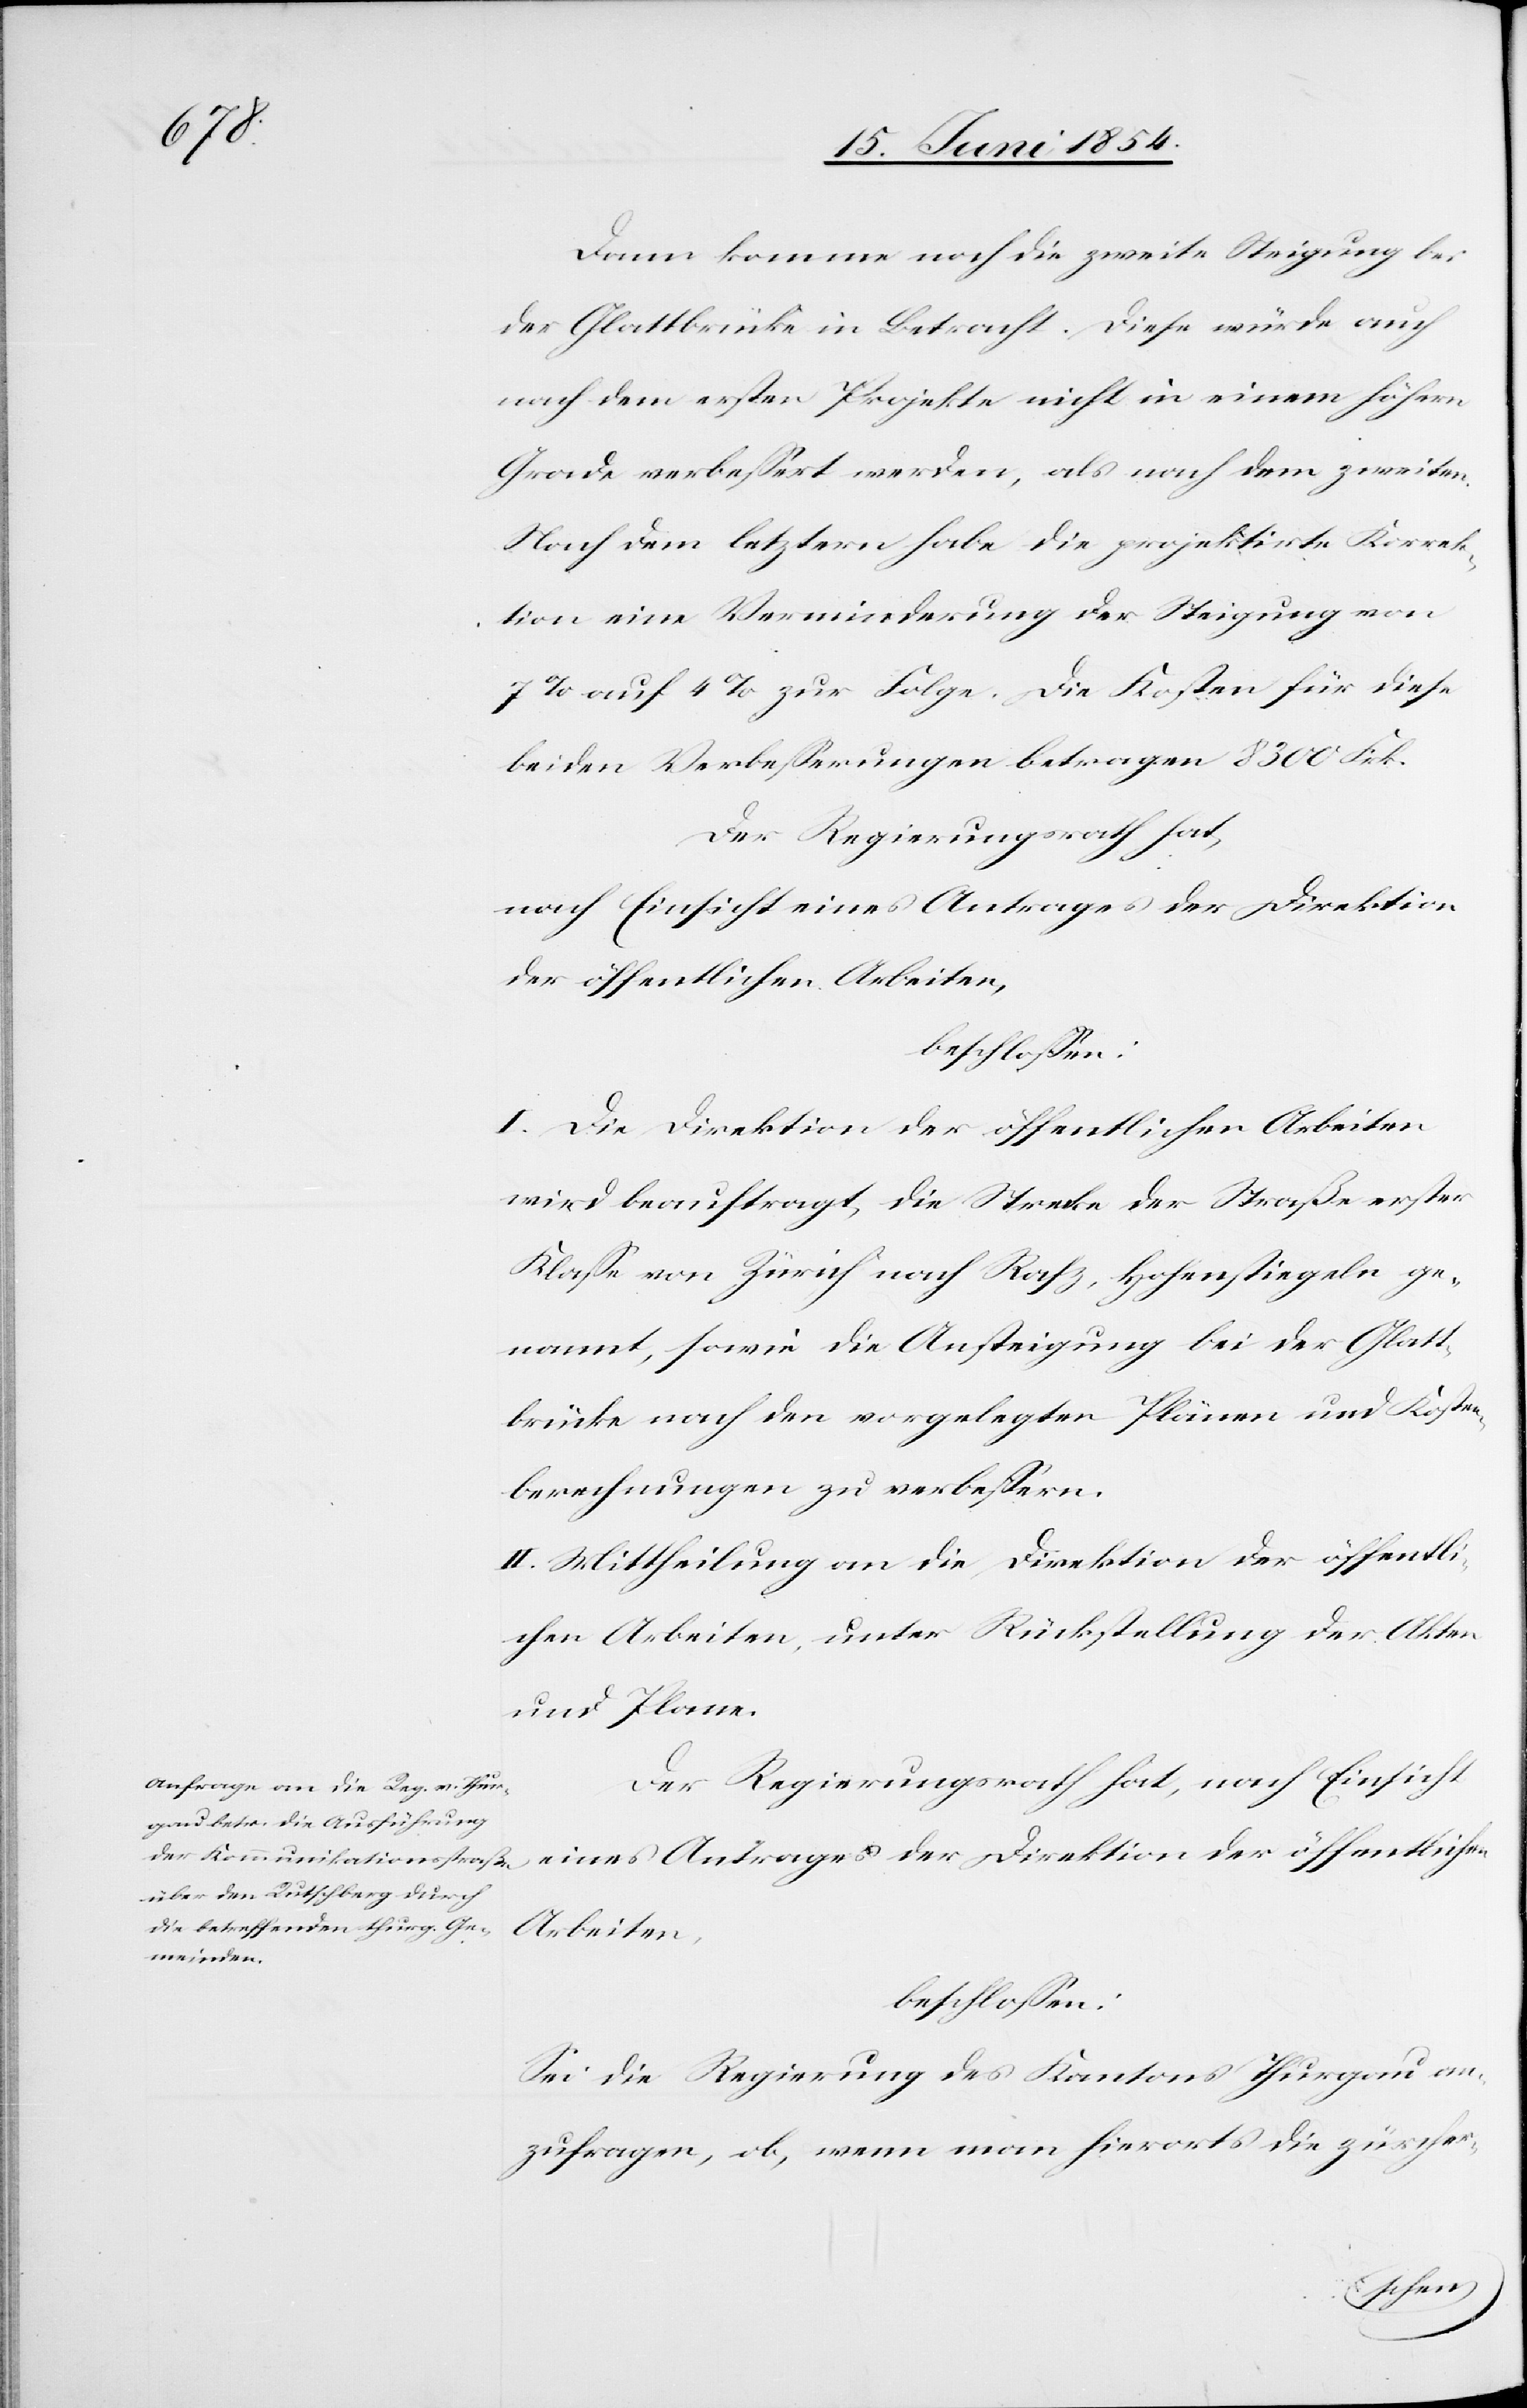
Dann komme noch die zweite Steigung bei
der Glattbrücke in Betracht. Diese würde auch
nach dem ersten Projekte nicht in einem höhern
Grade verbeßert werden, als nach dem zweiten.
Nach dem letztern habe die projektirte Korrek¬
tion eine Verminderung der Steigung von
7 % auf 4 % zur Folge. Die Kosten für diese
beiden Verbeßerungen betragen 8300 Frk.
Der Regierungsrath hat,
nach Einsicht eines Antrages der Direktion
der öffentlichen Arbeiten,
beschloßen:
I. Die Direktion der öffentlichen Arbeiten
wird beauftragt, die Strecke der Straße erster
Klaße von Zürich nach Rafz, Hohenstiegeln ge¬
nannt, sowie die Ansteigung bei der Glatt¬
brücke nach den vorgelegten Plänen und Kosten¬
berechnungen zu verbeßern.
II. Mittheilung an die Direktion der öffentli¬
chen Arbeiten, unter Rückstellung der Akten
und Plane.
Der Regierungsrath hat, nach Einsicht
eines Antrages der Direktion der öffentlichen
Arbeiten,
beschloßen:
Sei die Regierung des Kantons Thurgau an¬
zufragen, ob, wenn man hierorts die zürcher-